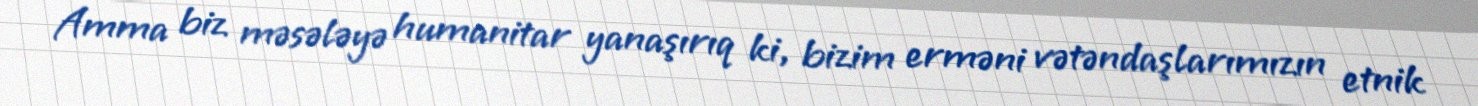
Amma biz məsələyə humanitar yanaşırıq ki, bizim erməni vətəndaşlarımızın etnik